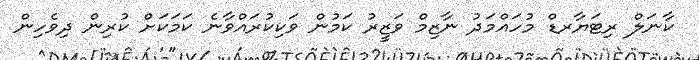
ކާނަލް ރިޓަޔާރޑް މުހައްމަދު ނާޒިމް ވަޒީރު ކަމުން ވަކިކުރައްވާނެ ކަމަކަށް ކުރިން ދިވެހިން